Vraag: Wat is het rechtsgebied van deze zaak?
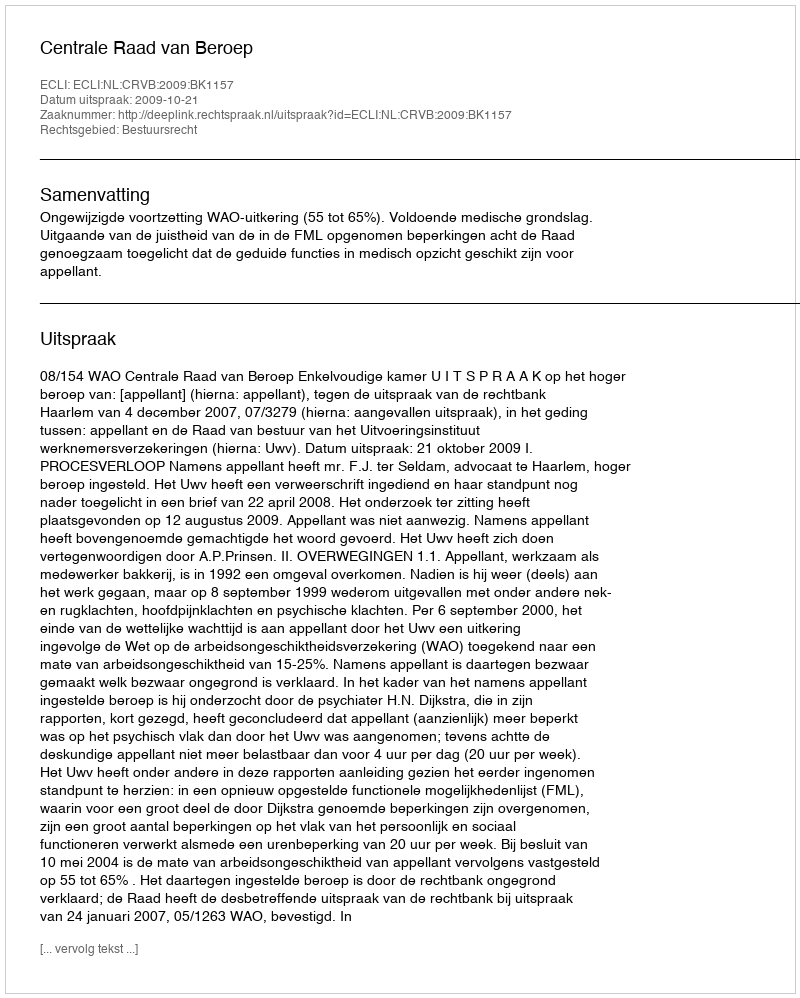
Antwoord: Bestuursrecht